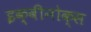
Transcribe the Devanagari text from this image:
इक्वीनोक्स